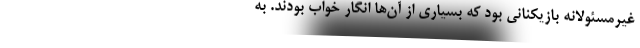
غیرمسئولانه بازیکنانی بود که بسیاری از آن‌ها انگار خواب بودند. به